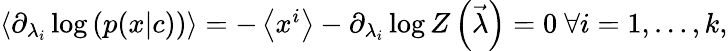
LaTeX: \begin{array}{r}{\left\langle\partial_{\lambda_{i}}\log\left(p(x|c)\right)\right\rangle=-\left\langle x^{i}\right\rangle-\partial_{\lambda_{i}}\log Z\left(\vec{\lambda}\right)=0\ \forall i=1,\ldots,k,}\end{array}